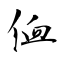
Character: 侐